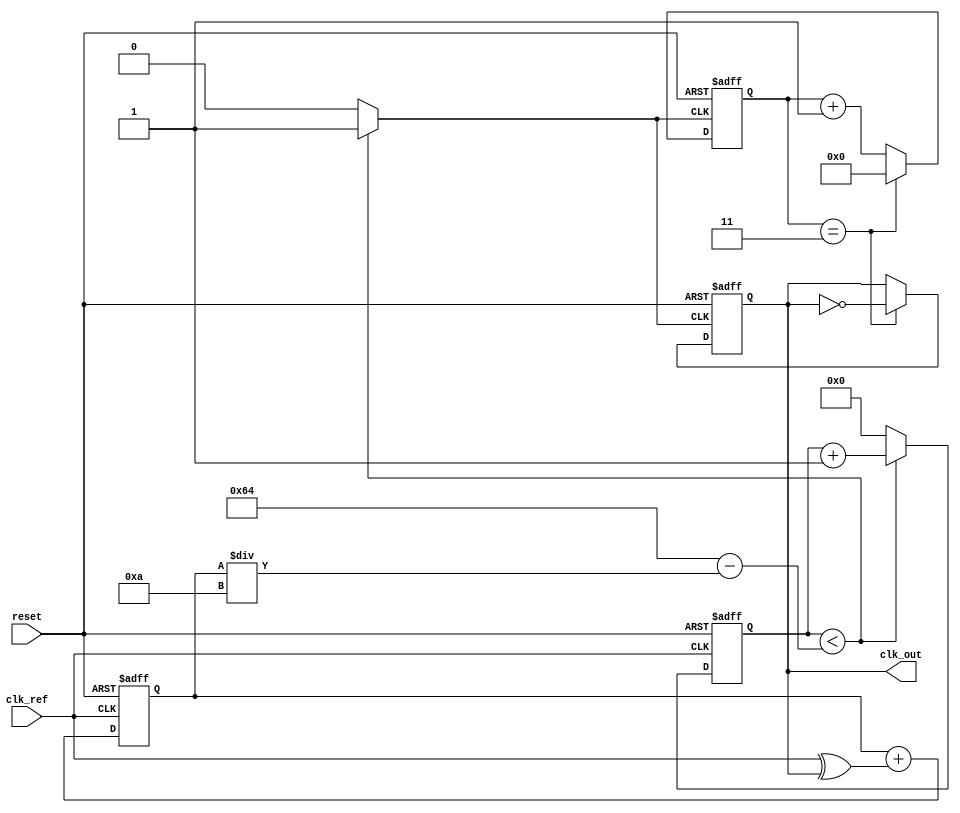
module PLL (
    input wire clk_ref,          // Reference clock input
    input wire reset,           // Asynchronous reset
    output wire clk_out         // Output clock
);

    // Parameters
    parameter DIV_RATIO = 4;    // Division ratio for the frequency divider
    parameter VCO_MAX_FREQ = 100; // Maximum frequency of VCO (in MHz)
    parameter VCO_MIN_FREQ = 10;  // Minimum frequency of VCO (in MHz)

    // Internal signals
    wire phase_error;            // Phase error signal from phase detector
    wire control_voltage;         // Control voltage for the VCO
    wire vco_clk;                // VCO clock output
    reg [3:0] divider_count = 0; // Divider count for frequency division

    // Phase Detector
    assign phase_error = (clk_ref ^ clk_out_div); // Simple XOR phase detector

    // Loop Filter (2nd order)
    reg [15:0] filter_out = 0; // 16-bit control voltage
    always @(posedge clk_ref or posedge reset) begin
        if (reset) begin
            filter_out <= 0;
        end else begin
            filter_out <= filter_out + phase_error; // Simple integrator
        end
    end

    // Voltage-Controlled Oscillator (VCO)
    reg [31:0] vco_counter = 0; // VCO counter
    always @(posedge clk_ref or posedge reset) begin
        if (reset) begin
            vco_counter <= 0;
        end else begin
            // Control the VCO frequency based on the control voltage
            if (vco_counter < (VCO_MAX_FREQ - filter_out[15:0] / 10)) begin
                vco_counter <= vco_counter + 1;
            end else begin
                vco_counter <= 0;
            end
        end
    end

    assign vco_clk = (vco_counter < (VCO_MAX_FREQ - filter_out[15:0] / 10)) ? 1'b1 : 1'b0;

    // Frequency Divider
    reg clk_out_div = 0;
    always @(posedge vco_clk or posedge reset) begin
        if (reset) begin
            divider_count <= 0;
            clk_out_div <= 0;
        end else begin
            if (divider_count == DIV_RATIO - 1) begin
                clk_out_div <= ~clk_out_div; // Toggle output clock
                divider_count <= 0;          // Reset count
            end else begin
                divider_count <= divider_count + 1; // Increment divider count
            end
        end
    end

    assign clk_out = clk_out_div; // Output clock signal

endmodule